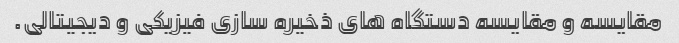
مقایسه و مقایسه دستگاه های ذخیره سازی فیزیکی و دیجیتالی.